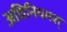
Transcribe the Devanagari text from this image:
अधिनियमश्